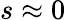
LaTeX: s\approx 0